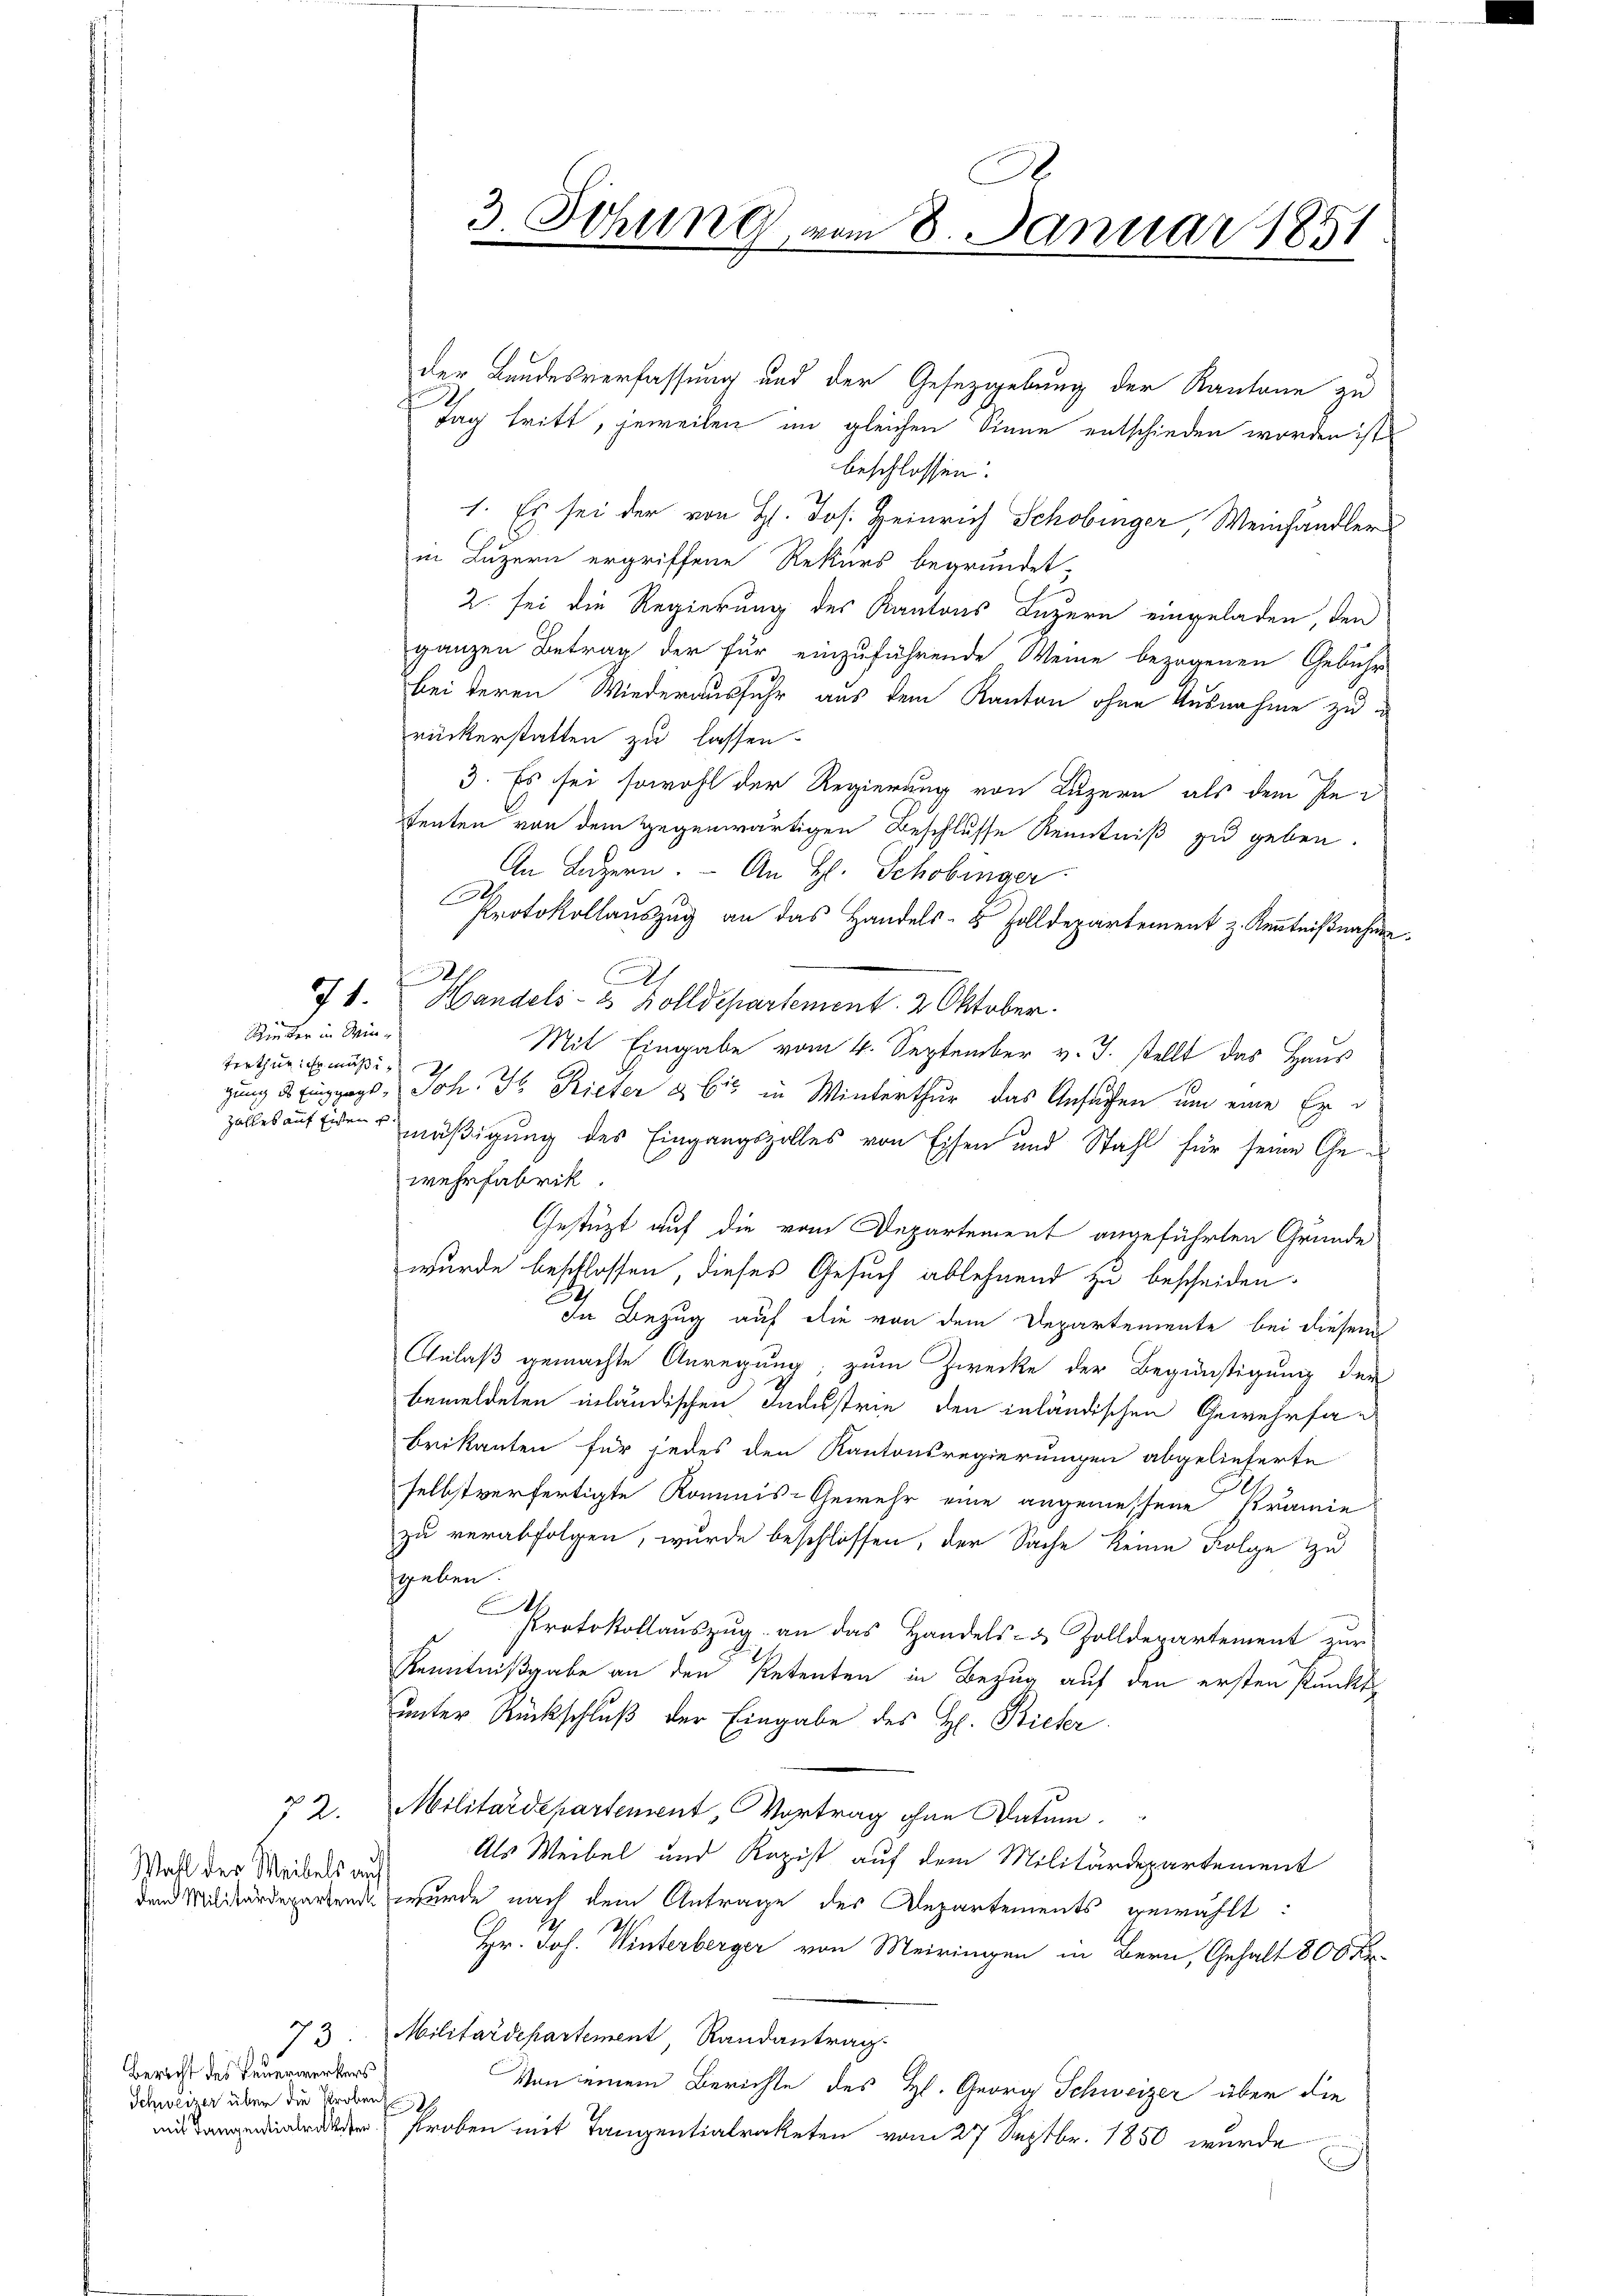
Rinter in Winterthur. Er müßi¬
Zahles auf Eisen

72.
Wahl der Weibels auf
dem Militärdepartem

73.
Bericht des Feuerwerkers
Schweizer über die Proben

3. Sitzung vom 8. Januar 1851.

der Bundesverfassung und der Gesetzgebung der Kantone zu
Tag tritt, jeweilen im gleichen Sinne entschieden worden ist
beschlossen:
1. Es sei der von H. Jos. Heinrich Schobinger Weinhändler
in Luzern ergriffene Rekurs begründet,
2. sei die Regierung des Kantons Luzern eingeladen, den
ganzen Betrag der für einzuführende Weine bezogenen Gebühr
bei deren Wiederausfuhr aus dem Kanton ohne Ausnahme zu d
rückerstatten zu lassen.
3. Es sei sowohl der Regierung von Luzern als dem Petenten von dem gegenwärtigen Beschlusse Kenntniß zu geben.
An Luzern. An H. Schobinger
Protokollauszug an das Handels- & Zolldepartement z. Kenntnißnahme.
16
71.  Handels- & Zolldepartement. 2 Oktober.
Mit Eingabe vom 4. September v. J. stellt das Haus
gung 2 Eingangs, Joh. J. Rieter & bis in Winterthur das Ansuchen um eine Ermäßigung des Eingangszolles von Eisen und Stahl für seine Gewehrfabrik.
Gestüzt auf die vom Departement angeführten Grunde
wurde beschlossen dieses Gesuch ablehnend zu bescheiden.
In Bezug auf die von dem Departemente bei diesem
Anlaß gemachte Anregung, zum Zwecke der Begünstigung der
bemeldeten inländischen Industrie den inländischen Gewehrfac
Brikanten für jedes den Kantonsregierungen abgelieferte
selbstverfertigte Kommis-Gewehr eine angemessene Prämie
zu verabfolgen, wurde beschlossen, der Sache keine Folge zu
geben.
C
Protokollaŭszŭg an das Handels- & Zolldepartement zŭr
Kenntnißgabe an den Retenten in Bezug auf den ersten Punkt
unter Rückschluß der Eingabe des H. Bieter
Militärdepartement, Vortrag ohne Datum.
Als Weibel und Kopist auf dem Militärdepartement
wurde nach dem Antrage des Departements gewählt:
Ich.
h
Hr. Joh. Winterberger von Meiringen in Bern, Gehalt 800 Fr.
Militärdepartement, Randantrag
Von einem Berichte des Hl. Georg Schweizer über die
der streben mit Tangentialraketen vom 27 Septbr. 1850 wurde
A